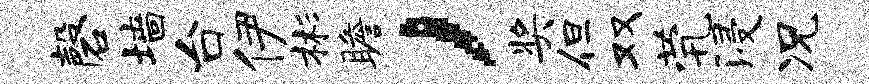
磬墙台伊彬瞻，奖但双茕浸况